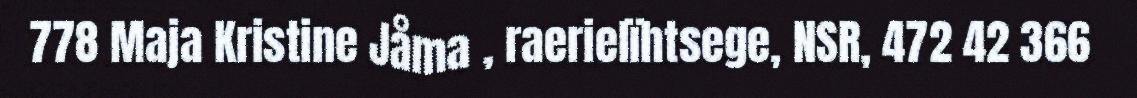
778 Maja Kristine Jåma , raerielïhtsege, NSR, 472 42 366